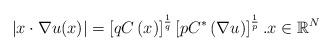
LaTeX: \begin{align*}\left\vert x\cdot\nabla u(x)\right\vert =\left[ qC\left( x\right) \right]^{\frac{1}{q}}\left[ pC^{\ast}\left( \nabla u\right) \right] ^{\frac{1}{p}}.x\in\mathbb{R}^{N}\end{align*}